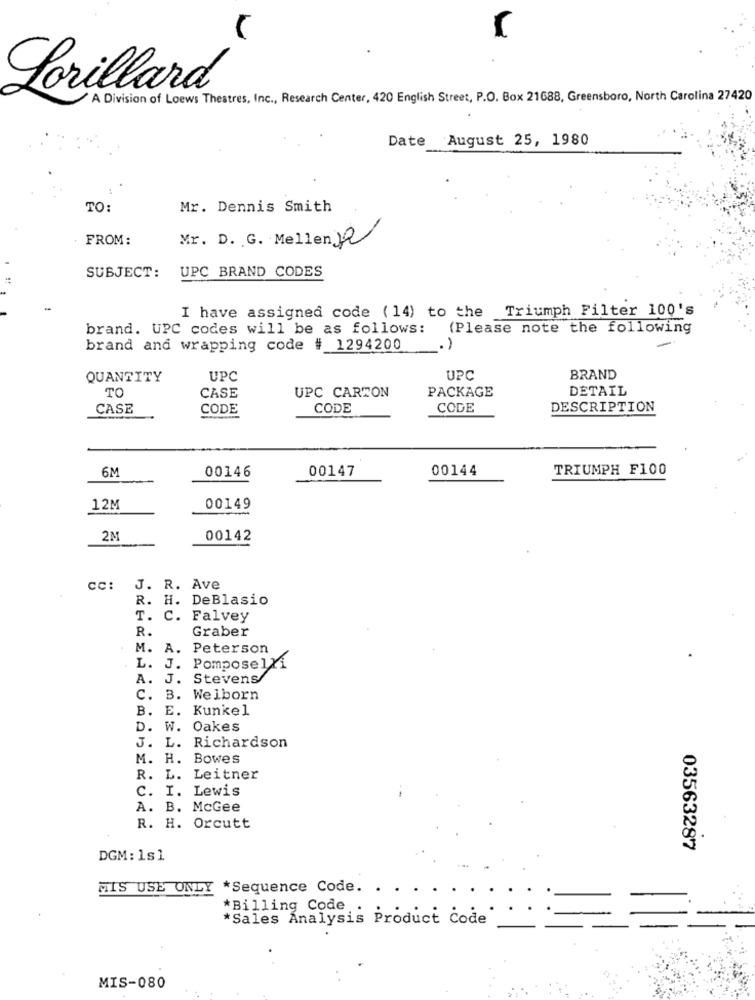
Lorillard
A Division of Loews Thestres, Inc ., Research Center, 420 English Street, P.O. Box 21688, Greensboro, North Carolina 27420
Date
August 25, 1980
TO:
Mr. Dennis Smith
FROM:
Mr. D. G. Mellen Ja
UPC BRAND CODES
SUBJECT:
I have assigned code (14) to the Triumph Filter 100's
brand. UPC codes will be as follows: (Please note the following
brand and wrapping code # 1294200
QUANTITY
UPC
UPC
BRAND
TO
UPC CARTON
PACKAGE
DETAIL
CASE
CASE
CODE
CODE
CODE
DESCRIPTION
6M
00146
00144
TRIUMPH F100
00147
12M
00149
2M
00142
CC: J. R. Ave
R. H. DeBlasio
T. C. Falvey
R.
Graber
. M. A. Peterson
L. J. Pomposelxi
A. J. Stevens
c.
3. Welborn
B. E. Kunkel
D. W. Oakes
J. L. Richardson
M. H. Bowes
R. L. Leitner
C. I. Lewis
A. B. McGee
R. H. Orcutt
03563287
DGM : 1s1
MIS USE ONLY *Sequence Code.
*Sales Analysis
*Billing Code: Product Code
MIS-080